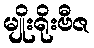
မျိုးရိုးဗီဇ